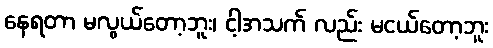
နေရတာ မလွယ်တော့ဘူး၊ ငါ့အသက် လည်း မငယ်တော့ဘူး